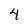
Character: 4